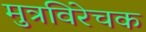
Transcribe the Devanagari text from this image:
मुत्रविरेचक